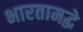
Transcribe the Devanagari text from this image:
भारतामद्धे